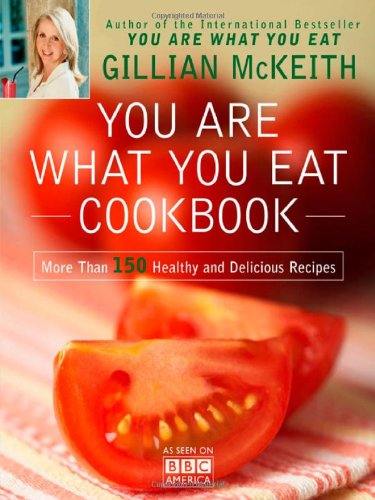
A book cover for You Are What You Eat Cookbook: More Than 150 Healthy and Delicious Recipes; Gillian McKeith; Health, Fitness & Dieting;